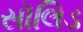
સૉલિડ